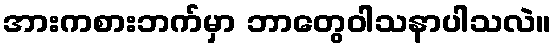
အားကစားဘက်မှာ ဘာတွေဝါသနာပါသလဲ။